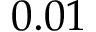
0 . 0 1